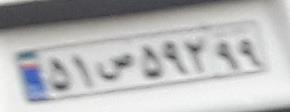
۵۱س۵۹۲۹۹